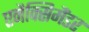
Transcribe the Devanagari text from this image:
एनैक्सिमैंडर